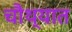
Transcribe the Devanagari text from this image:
चौथ्यात